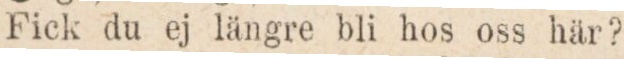
Fick du ej längre bli hos oss här?